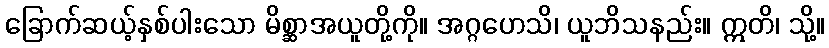
ခြောက်ဆယ့်နှစ်ပါးသော မိစ္ဆာအယူတို့ကို။ အဂ္ဂဟေသိ၊ ယူဘိသနည်း။ ဣတိ၊ သို့။